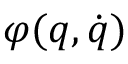
\varphi ( q , \dot { q } )